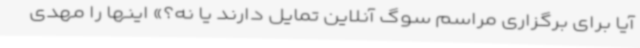
آیا برای برگزاری مراسم سوگ آنلاین تمایل دارند یا نه؟» اینها را مهدی